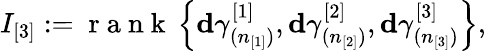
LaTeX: I_{[3]}:=\mathrm{~r~a~n~k~}\left\{ \mathbf{d}\gamma_{(n_{[1]})}^{[1]},\mathbf{d}\gamma_{(n_{[2]})}^{[2]},\mathbf{d}\gamma_{(n_{[3]})}^{[3]}\right\} ,